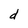
Character: d